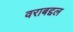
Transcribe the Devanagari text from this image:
वराबद्दल